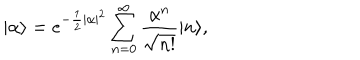
LaTeX: | \alpha \rangle = e ^ { - \frac 1 2 | \alpha | ^ { 2 } } \sum _ { n = 0 } ^ { \infty } \frac { \alpha ^ { n } } { \sqrt { n ! } } | n \rangle ,